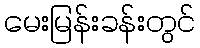
မေးမြန်းခန်းတွင်